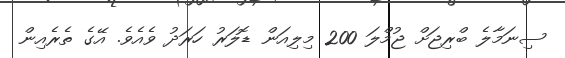
ސިނަމާލެ ބްރިޖަށް ޖުމްލަ 200 މިލިއަން ޑޮލަރު ހަރަދު ވެއެވެ. އޭގެ ތެރެއިން